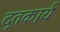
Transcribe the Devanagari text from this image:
दूतकार्य